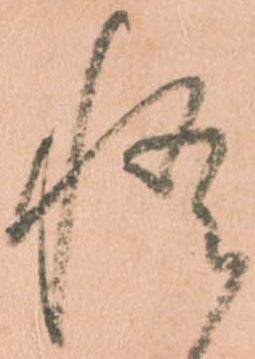
悟